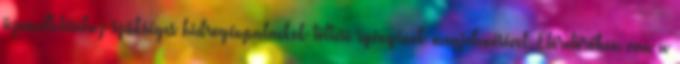
üzemeltetéséhez szükséges hidrogénpalackok töltési igényének megjelenésével. Előretörőben van a